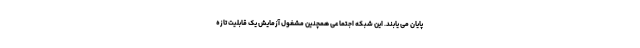
پایان می یابند. این شبکه اجتماعی همچنین مشغول آزمایش یک قابلیت تازه